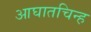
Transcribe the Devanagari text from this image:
आघातचिन्ह